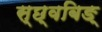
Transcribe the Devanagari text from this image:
स्छ्वबिङ्